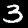
Label: 3